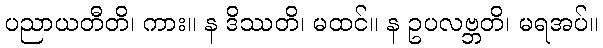
ပညာယတီတိ၊ ကား။ န ဒိဿတိ၊ မထင်။ န ဥပလဗ္ဘတိ၊ မရအပ်။